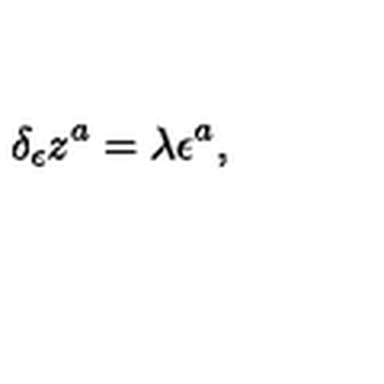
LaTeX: \delta _ { \epsilon } z ^ { a } = \lambda \epsilon ^ { a } ,